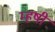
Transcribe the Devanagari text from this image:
म्हषी